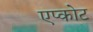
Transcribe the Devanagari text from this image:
एप्कोट